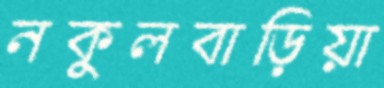
নকুলবাড়িয়া